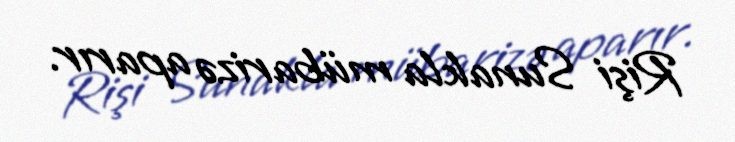
Rişi Sunakla mübarizə aparır.